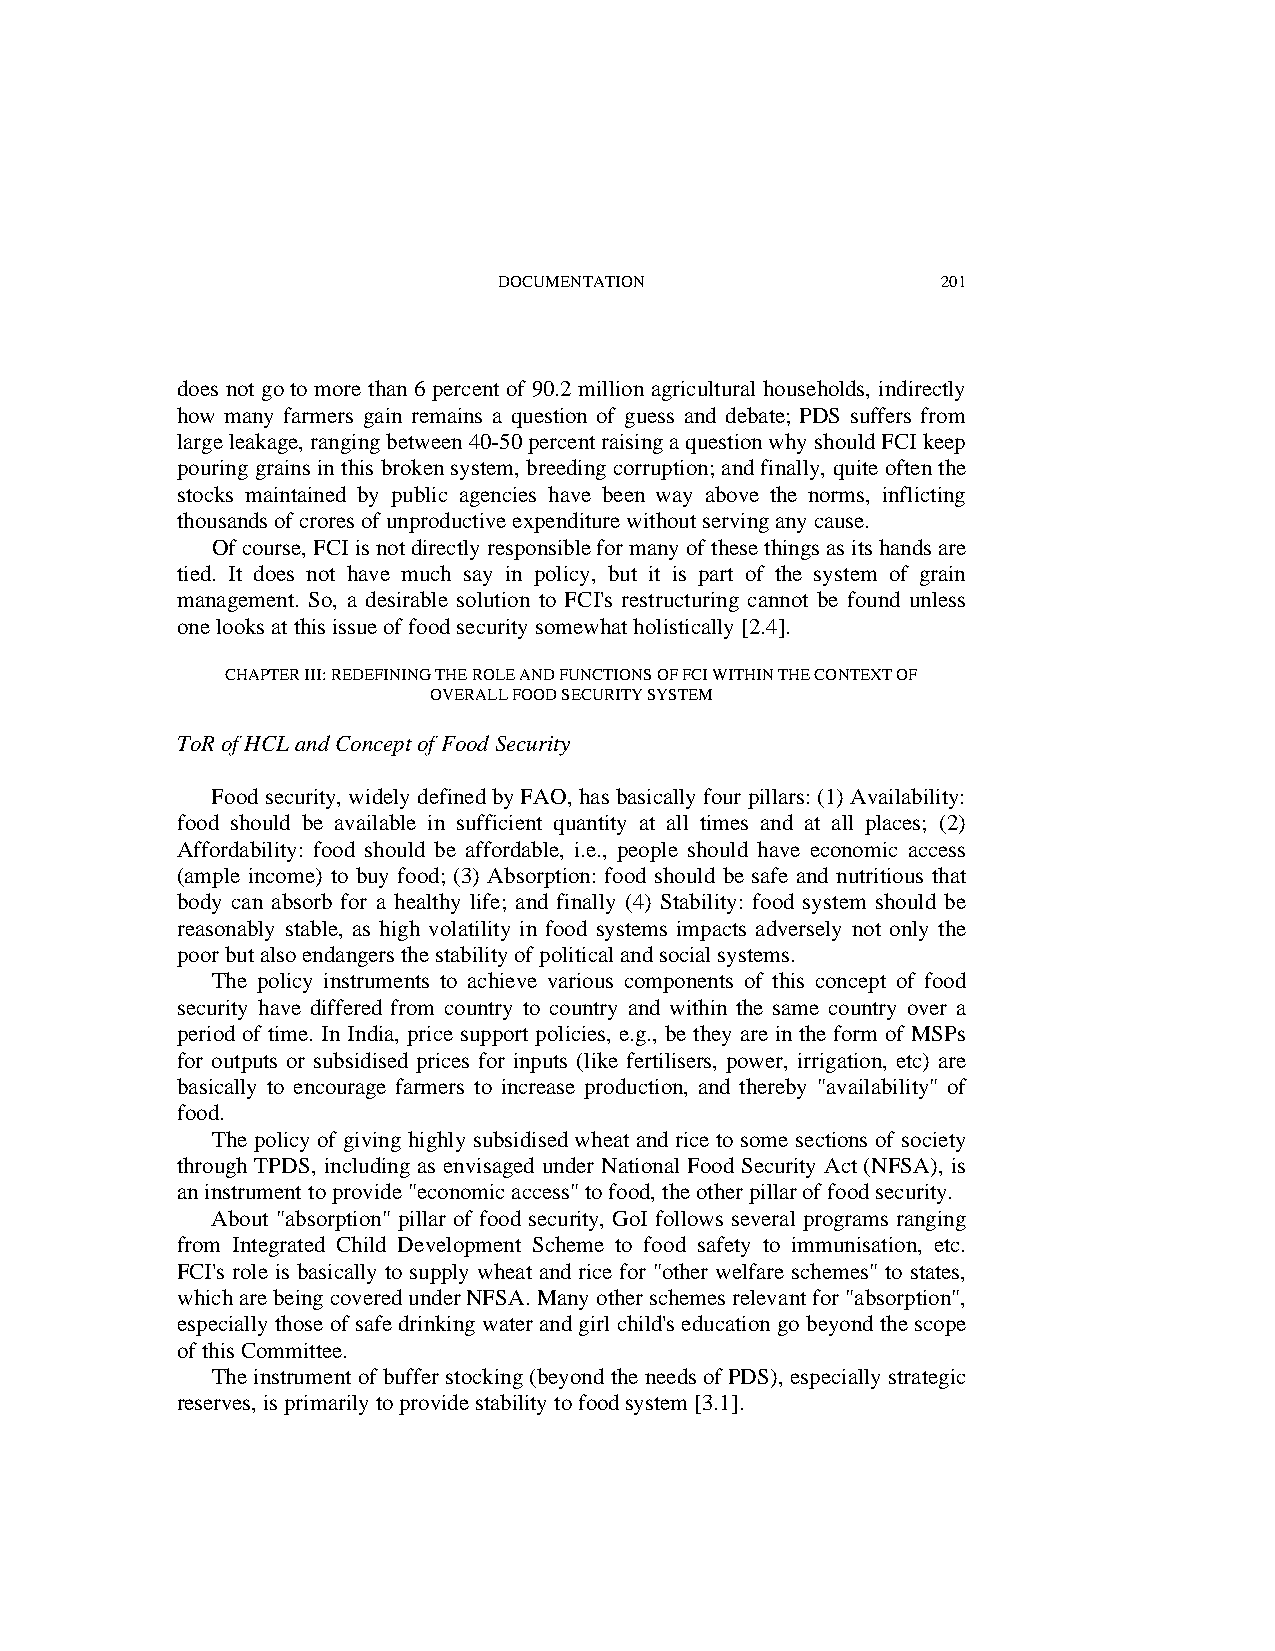
DOCUMENTATION                201
 does not go to more than 6 percent of 90.2 million agricultural households, indirectly
 how many farmers gain remains a question of guess and debate; PDS suffers from
 large leakage, ranging between 40-50 percent raising a question why should FCI keep
 pouring grains in this broken system, breeding corruption; and finally, quite often the
 stocks maintained by public agencies have been way above the norms, inflicting
 thousands of crores of unproductive expenditure without serving any cause.
 Of course, FCI is not directly responsible for many of these things as its hands are
 tied. It does not have much say in policy, but it is part of the system of grain
 management. So, a desirable solution to FCI's restructuring cannot be found unless
 one looks at this issue of food security somewhat holistically [2.4].
 CHAPTER III: REDEFINING THE ROLE AND FUNCTIONS OF FCI WITHIN THE CONTEXT OF
 OVERALL FOOD SECURITY SYSTEM
 ToR of HCL and Concept of Food Security
 Food security, widely defined by FAO, has basically four pillars: (1) Availability:
 food should be available in sufficient quantity at all times and at all places; (2)
 Affordability: food should be affordable, i.e., people should have economic access
 (ample income) to buy food; (3) Absorption: food should be safe and nutritious that
 body can absorb for a healthy life; and finally (4) Stability: food system should be
 reasonably stable, as high volatility in food systems impacts adversely not only the
 poor but also endangers the stability of political and social systems.
 The policy instruments to achieve various components of this concept of food
 security have differed from country to country and within the same country over a
 period of time. In India, price support policies, e.g., be they are in the form of MSPs
 for outputs or subsidised prices for inputs (like fertilisers, power, irrigation, etc) are
 basically to encourage farmers to increase production, and thereby "availability" of
 food.
 The policy of giving highly subsidised wheat and rice to some sections of society
 through TPDS, including as envisaged under National Food Security Act (NFSA), is
 an instrument to provide "economic access" to food, the other pillar of food security.
 About "absorption" pillar of food security, GoI follows several programs ranging
 from Integrated Child Development Scheme to food safety to immunisation, etc.
 FCI's role is basically to supply wheat and rice for "other welfare schemes" to states,
 which are being covered under NFSA. Many other schemes relevant for "absorption",
 especially those of safe drinking water and girl child's education go beyond the scope
 of this Committee.
 The instrument of buffer stocking (beyond the needs of PDS), especially strategic
 reserves, is primarily to provide stability to food system [3.1].